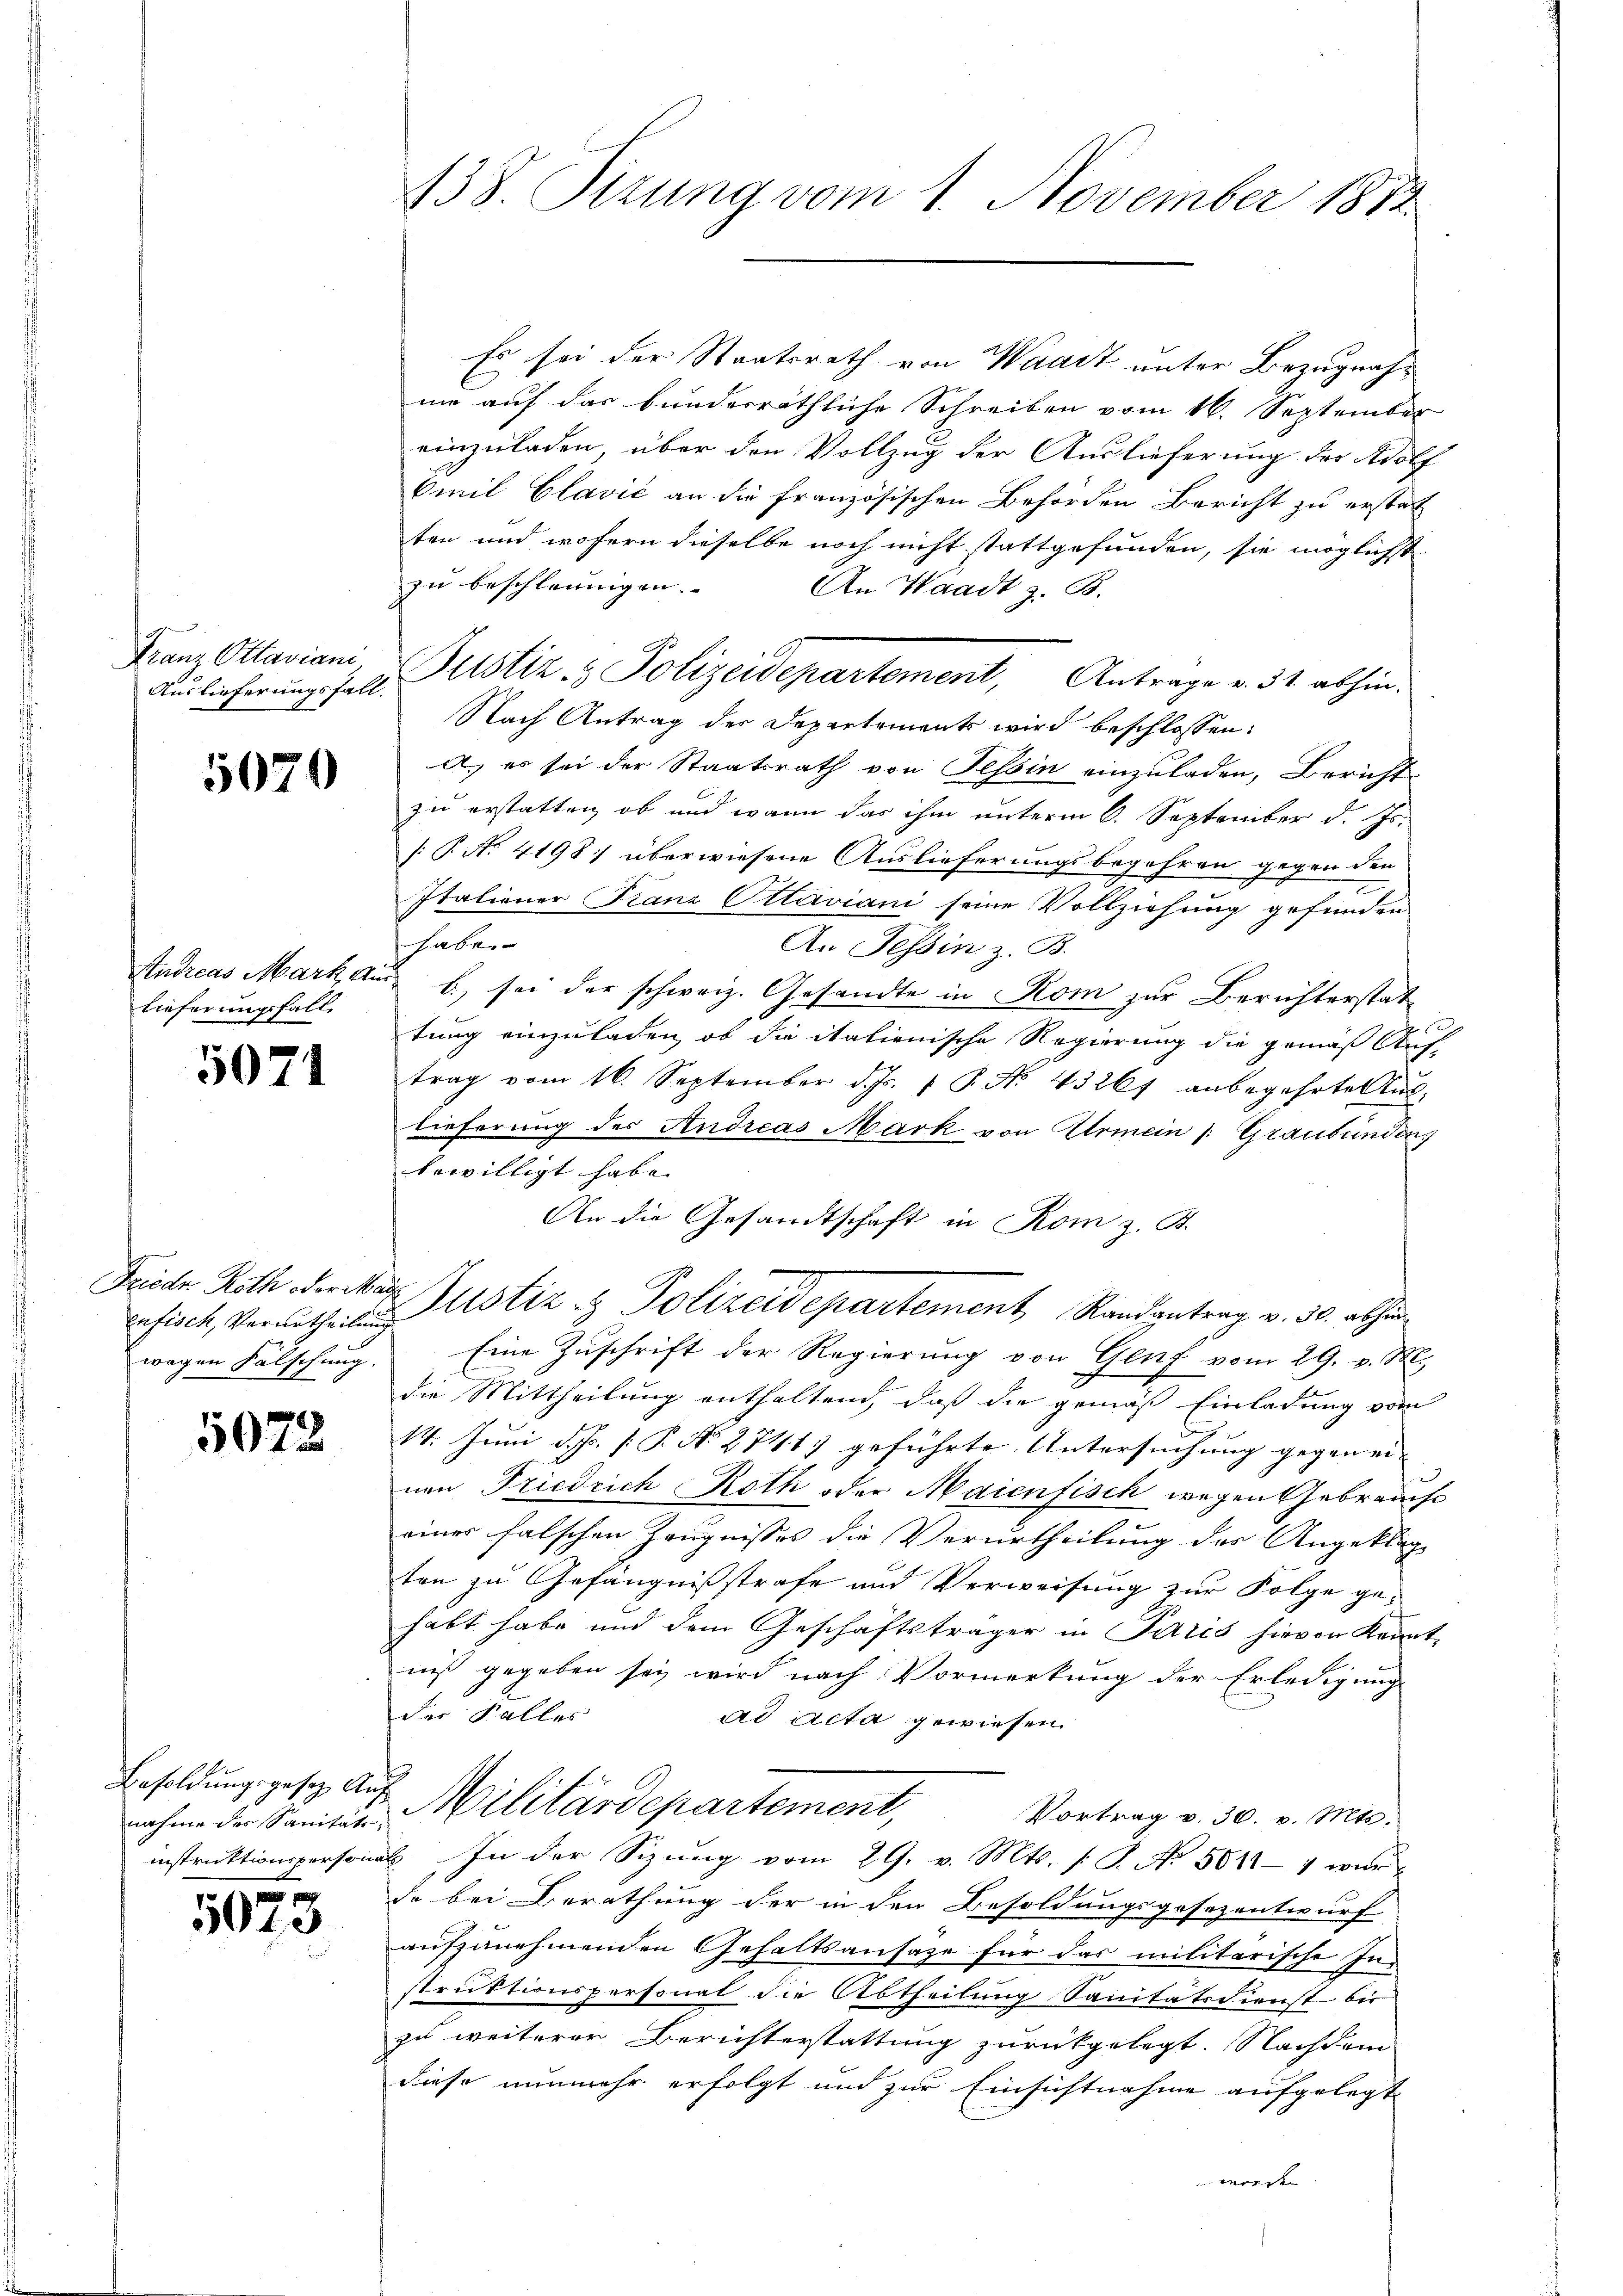
Franz Ottaviani
Auslieferungsfall.

5070

Studreas Mark aus
lieferungsfall

5071

enfisch, Verurtheilung
wegen Fälschung.

5072

Besoldungsgesetz Aus
nahme des Sanitäts-
instruktionspersona

5073

138. Pirung vom 1. November 1812.

Es sei der Staatsrath von Waadt unter Bezugnahni auf das bunderräthliche Schreiben vom 16. September
einzuladen, über den Vollzug der Auslieferung des Adolf
Omil Clavić an die französischen Behörden Bericht zu erstat
ten und wofern dieselbe noch nicht stattgefunden, sie möglichst
zu beschleunigen.
An Waadt z. B.
Justiz- & Polizeidepartement, Antrage v. 31. abhin.
Nach Antrag der Departements wird beschlossen:
A. es sei der Staatsrath von Tessin einzuladen, Bericht
zu erstatten, ob und wann das ihm unterm 6. September d. Js.
[P. No. 4198: überwiesene Auslieferungsbegehren gegen den
Italiener Franz Ottaviani seine Vollziehung gefunden
habe
An Tessin z. B.
 b., sei der schweiz. Gesandte in Kom zur Berichterstat-
tung einzuladen, ob die italienische Regierung die gemäß Auf-
trag vom 16. September d. Js. 1 P. Nr. 43267 anbegehrte Aŭs-
lieferung der Andreas Mark von Armein /: Graubünden
bewilligt habe. |
An die Gesandtschaft in Rom z. B.
Friede Roth decker Justiz & Polizeidepartement, Randantrag v. 30. abhin
Eine Zuschrift der Regierung von Genf vom 29. v. M.
die Mittheilung enthaltend, daß die gemäß Einladung vom
.
14. Juni d. Js. [ P. N. 271. 17 geführte Untersuchung gegen ein
nen Friedrich Roth oder Maienfisch wegen Gebrauche
eines falschen Zeugnisses die Verurtheilung des Angeklag
ten zu Gefängnißstrafe und Verweisung zur Folge gehabt habe und dem Geschäftsträger in Paris hievon Kennt-
niß gegeben sey wird nach Vormerkung der Erledigung
der Falles
ad Acta gewiesen.
Militärdepartement,
Vortrag v. 30. v. Mts.
2. In der Sizŭng vom 29. v. Mts. s. S. No. 5011-1 wur
de bei Berathung der in den Besoldungsgesezentwurf
aufzunehmenden Gehaltsansage für das militarische In-
struktionspersonat die Abtheilung Sanitätsdienst bis
zu weiterer Berichterstattung zurückgelegt. Nachdem
diese nunmehr erfolgt und zur Einsichtnahme aufgelegt
worden